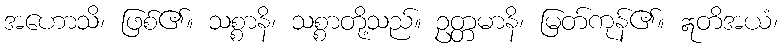
အဟောသိ၊ ဖြစ်၏။ သစ္စာနိ၊ သစ္စာတို့သည်။ ဥတ္တမာနိ၊ မြတ်ကုန်၏။ ဣတိအယံ၊